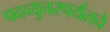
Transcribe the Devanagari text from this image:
पदव्युत्तरपर्यंतचे